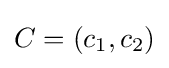
C=(c_{1},c_{2})